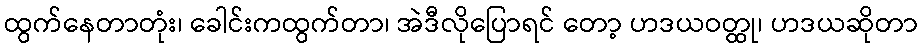
ထွက်နေတာတုံး၊ ခေါင်းကထွက်တာ၊ အဲဒီလိုပြောရင် တော့ ဟဒယဝတ္ထု၊ ဟဒယဆိုတာ